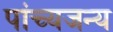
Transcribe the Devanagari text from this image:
पांच्यजन्य